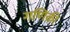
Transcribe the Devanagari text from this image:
गणिकी